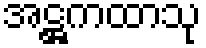
အဋ္ဌကထာသု